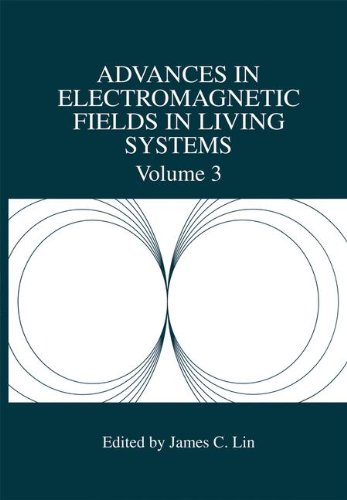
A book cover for Advances in Electromagnetic Fields in Living Systems; Science & Math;